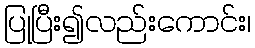
ပြုပြီး၍လည်းကောင်း၊